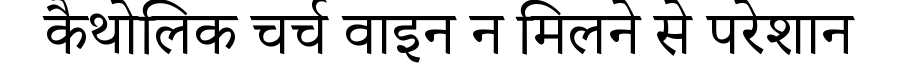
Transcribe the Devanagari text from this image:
कैथोलिक चर्च वाइन न मिलने से परेशान